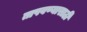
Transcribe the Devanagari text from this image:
तापवण्यासाठी